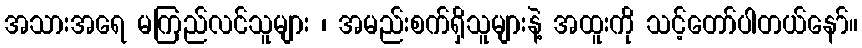
အသားအရေ မကြည်လင်သူများ ၊ အမည်းစက်ရှိသူများနဲ့ အထူးကို သင့်တော်ပါတယ်နော်။